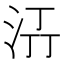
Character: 𭰌